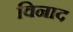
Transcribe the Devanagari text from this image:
विनाद